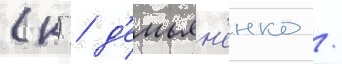
(к) / д'емьян'енко /